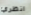
انظري